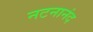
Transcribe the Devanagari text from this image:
नटनानंद